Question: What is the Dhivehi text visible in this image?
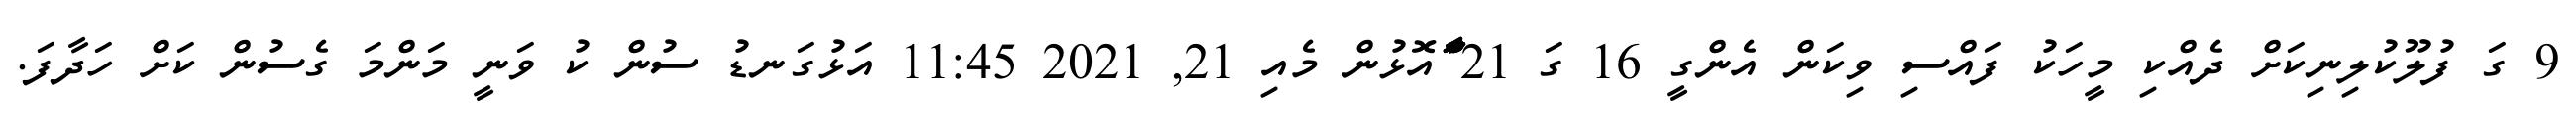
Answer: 9 ގަ ފުލޫކުލިނިކަށް ދެއްކި މީހަކު ފައްސި ވިކަން އެންގީ 16 ގަ 21 ާަަާަާަަްްއޮޅުން މެއި 21, 2021 11:45 އަޅުގަނޑު ސުން ކު ވަނީ މަންމަ ގެސުން ކަށް ހަދާފަ.